Annual report of the Bengal Veterinary College and of the Civil Veterinary Department, Bengal, for the year 1916-17 - 1916-1917
Year: 1916
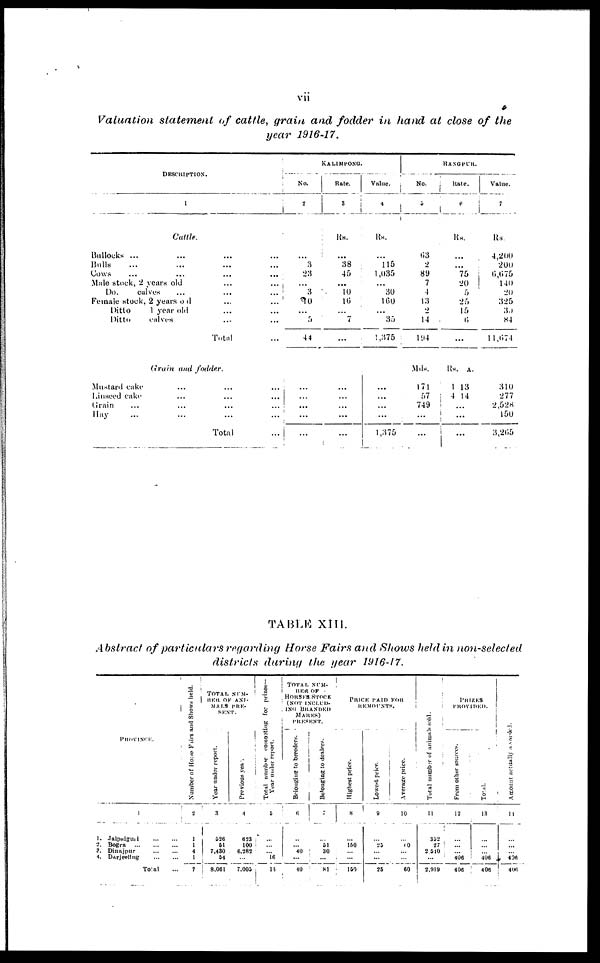
vii
Valuation
statement
of cattle,
grain and
fodder
in hand
at
close
of
the
year
1916-17.
DESCRIPTION.
1
Cattle.
Bullocks ...
Bulls ...
Cows
...
...
...
...
Male stock, 2 years old ...
Do.
calves ... ... ...
Female stock, 2 years old ...
Ditto
1 year old ... ... ...
Ditto
calves ... ...
Total ...
KALIMPONG.
No.
2
...
3
23
...
3
10
...
5
44
Rate.
3
Rs.
...
38
45
...
10
10
...
7
...
Value.
4
Rs.
...
115
1,035
...
30
160
...
35
1,375
RANGPUR.
No.
5
63
2
89
7
4
13
2
14
194
Rate.
6
Rs.
...
...
75
20
5
25
15
6
...
Value.
7
Rs.
4,200
200
6,675
140
20
325
30
84
11,674
Grain
and
fodder.
Mustard cake
Linseed cake
Grain ...
Hay ...
...
...
...
...
...
...
...
...
Total
...
...
...
...
...
...
...
...
...
...
...
...
...
...
...
...
...
...
...
1,375
Mds.
171
57
749
...
...
Rs. A.
1 13
4 14
...
...
...
P.
310
277
2,528
150
3,205
TABLE
XIII.
Abstract
of particulars
regarding
Horse
Fairs
and
Shows
held
in
non-selected
districts
during
the
year
1916-17.
PROVINCE.
1
1.
2.
3.
4.
Jalpaiguri
Bogra
Dinajpur
Darjeeling
Total ...
Number of Horse Fairs and Shows held.
2
1
1
4
1
7
TOTAL NUM-
BER OF ANI-
MALS PRE-
SENT.
Year under report.
3
526
51
7,430
54
8,061
Previous year.
4
623
100
6,282
...
7,005
Total number
compating for prizes-
Year under report.
5
...
...
... 16
16
TOTAL NUM-
BER OF
HORSES
STOCK
(NOT
INCLUD-
ING
BRANDED
MARES)
PRESENT.
Belonging to breeders.
6
...
... 40
...
40
Belonging to dealers.
7
...
51
30
...
81
PRICE
PAID
FOR
REMOUNTS.
Highest price.
8
...
150
...
...
150
Lowest price.
9
...
25
...
...
25
Average price.
10
...
60
...
...
60
Total number
of animals sold.
11
352
27
2,540
...
2,919
PRIZES
PROVIDED.
From other sources.
12
...
...
... 406
406
Total.
13
...
...
... 406
406
Amount actually awarded.
14
...
...
... 406
406